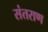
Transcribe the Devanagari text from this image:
संतराण